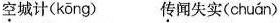
\underset{·}{空}城计( kōng ) \underset{·}{传}闻失实( chuán )